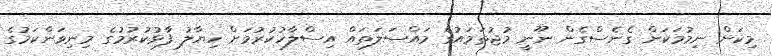
މިކަން ނިމުމަކަށް ގެނެސްގެން ނޫނީ މުޖުތަމައުގެ މައްސަލަތައް އިސްލާހުކުރުމަށް ހިޔާލު ފާޅުކުރުމުގެ މިނިވަންކަމުގެ